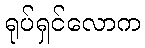
ရုပ်ရှင်လောက